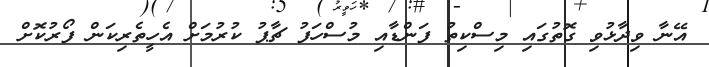
އޭނާ ވިދާޅުވި ގޮތުގައި މިސްކިތު ފަންޑާއި މުސްހަފު ޗާޕު ކުރުމަށް އެހީތެރިކަން ފޯރުކޮށް